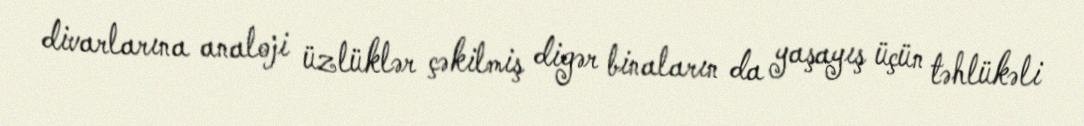
divarlarına analoji üzlüklər çəkilmiş digər binaların da yaşayış üçün təhlükəli